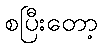
စပြီးတော့